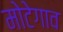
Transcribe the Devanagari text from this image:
मोटेगाव